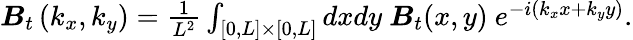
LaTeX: \begin{array}{r}{\boldsymbol{B}_{t}\left(k_{x},k_{y}\right)=\frac{1}{L^{2}}\int_{[0,L]\times[0,L]}dxdy\ \boldsymbol{B}_{t}(x,y)\ e^{-i(k_{x}x+k_{y}y)}.}\end{array}